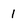
Character: 1